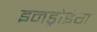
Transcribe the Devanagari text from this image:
इनड्रोइंग